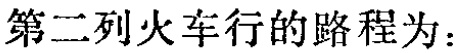
第二列火车行的路程为：